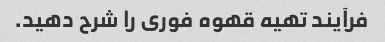
فرآیند تهیه قهوه فوری را شرح دهید.